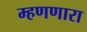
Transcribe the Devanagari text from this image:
म्हणणारा